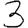
Digit: 3